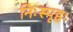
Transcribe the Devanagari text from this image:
निःस्पृहः